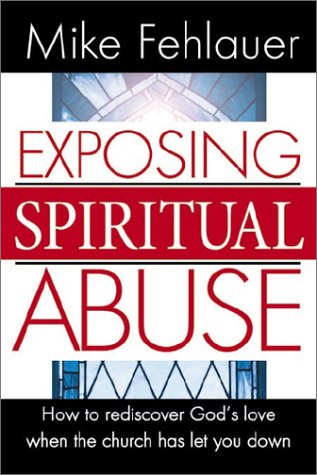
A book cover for Exposing Spiritual Abuse; Mike Fehlauer; Christian Books & Bibles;